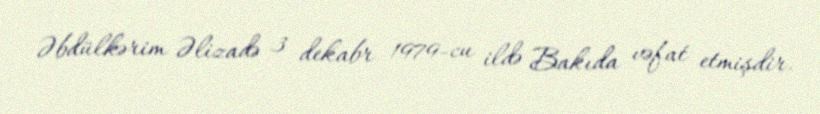
Əbdülkərim Əlizadə 3 dekabr 1979-cu ildə Bakıda vəfat etmişdir.